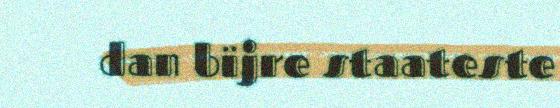
dan bïjre staateste